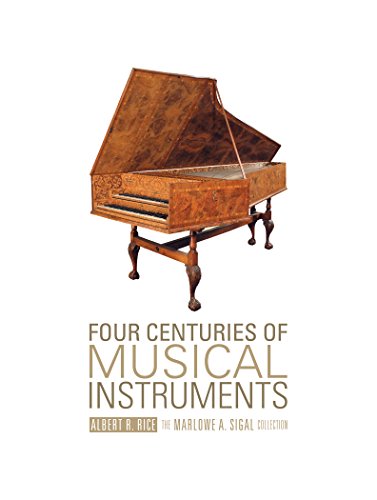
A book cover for Four Centuries of Musical Instruments: The Marlowe A. Sigal Collection; Albert R. Rice; Crafts, Hobbies & Home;